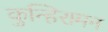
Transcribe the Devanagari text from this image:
कुन्हिरामन